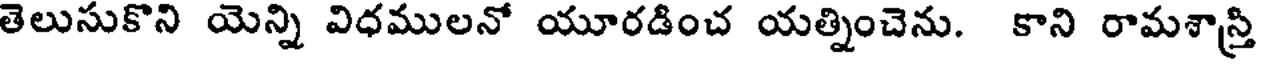
తెలుసుకొని యెన్ని విధములనో యూరడించ యత్నించెను. కాని రామశాస్త్రి